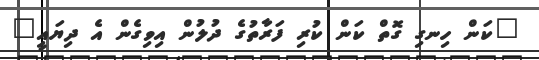
"ކަން ހިނގި ގޮތް ކަން ކުރި ފަރާތުގެ ދުލުން އިވިގެން އެ ދިޔައީ"